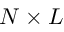
N \times L